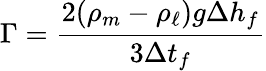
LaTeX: \Gamma=\frac{2(\rho_{m}-\rho_{\ell})g\Delta h_{f}}{3\Delta t_{f}}